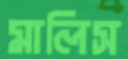
মালিস